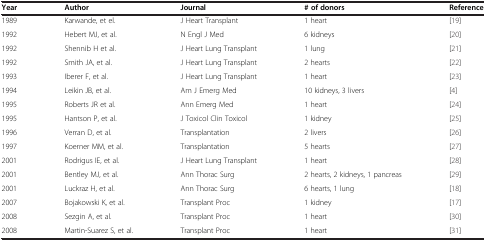
<table><thead><tr><td><b>Year</b></td><td><b>Author</b></td><td><b>Journal</b></td><td><b># of donors</b></td><td><b>Reference</b></td></tr></thead><tbody><tr><td>1989</td><td>Karwande, et el.</td><td>J Heart Transplant</td><td>1 heart</td><td>[19]</td></tr><tr><td>1992</td><td>Hebert MJ, et al.</td><td>N Engl J Med</td><td>6 kidneys</td><td>[20]</td></tr><tr><td>1992</td><td>Shennib H et al.</td><td>J Heart Lung Transplant</td><td>1 lung</td><td>[21]</td></tr><tr><td>1992</td><td>Smith JA, et al.</td><td>J Heart Lung Transplant</td><td>2 hearts</td><td>[22]</td></tr><tr><td>1993</td><td>Iberer F, et al.</td><td>J Heart Lung Transplant</td><td>1 heart</td><td>[23]</td></tr><tr><td>1994</td><td>Leikin JB, et al.</td><td>Am J Emerg Med</td><td>10 kidneys, 3 livers</td><td>[4]</td></tr><tr><td>1995</td><td>Roberts JR et al.</td><td>Ann Emerg Med</td><td>1 heart</td><td>[24]</td></tr><tr><td>1995</td><td>Hantson P, et al.</td><td>J Toxicol Clin Toxicol</td><td>1 kidney</td><td>[25]</td></tr><tr><td>1996</td><td>Verran D, et al.</td><td>Transplantation</td><td>2 livers</td><td>[26]</td></tr><tr><td>1997</td><td>Koerner MM, et al.</td><td>Transplantation</td><td>5 hearts</td><td>[27]</td></tr><tr><td>2001</td><td>Rodrigus IE, et al.</td><td>J Heart Lung Transplant</td><td>1 heart</td><td>[28]</td></tr><tr><td>2001</td><td>Bentley MJ, et al.</td><td>Ann Thorac Surg</td><td>2 hearts, 2 kidneys, 1 pancreas</td><td>[29]</td></tr><tr><td>2001</td><td>Luckraz H, et al.</td><td>Ann Thorac Surg</td><td>6 hearts, 1 lung</td><td>[18]</td></tr><tr><td>2007</td><td>Bojakowski K, et al.</td><td>Transplant Proc</td><td>1 kidney</td><td>[17]</td></tr><tr><td>2008</td><td>Sezgin A, et al.</td><td>Transplant Proc</td><td>1 heart</td><td>[30]</td></tr><tr><td>2008</td><td>Martin-Suarez S, et al.</td><td>Transplant Proc</td><td>1 heart</td><td>[31]</td></tr></tbody></table>